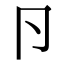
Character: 卪